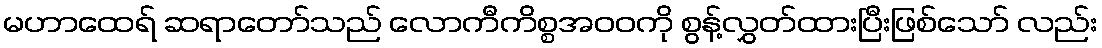
မဟာထေရ် ဆရာတော်သည် လောကီကိစ္စအဝဝကို စွန့်လွှတ်ထားပြီးဖြစ်သော် လည်း